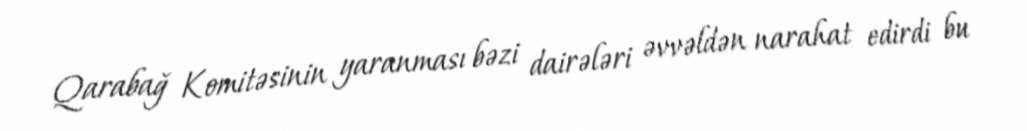
Qarabağ Komitəsinin yaranması bəzi dairələri əvvəldən narahat edirdi bu